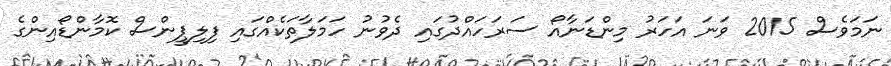
ނަމަވެސް 2015 ވަނަ އަހަރު މިންޑަނާއޯ ސަރަހައްދުގައި ދެވުނު ހަމަލާތަކެއްގައި ފިލިޕީންސް ކޮމާންޑޯއިންގެ